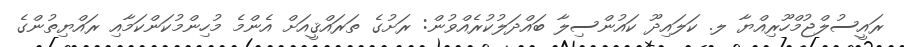
ރައީސުލްޖުމްހޫރިއްޔާ ލ. ކަލައިދޫ ކައުންސިލާ ބައްދަލުކުރެއްވުން: ރަށުގެ ތަރައްޤީއަށް އެންމެ މުހިންމުކަންކަމާއި ރައްޔިތުންގެ